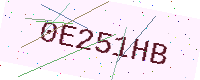
Text: 0E251HB